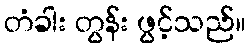
တံခါး တွန်း ဖွင့်သည်။